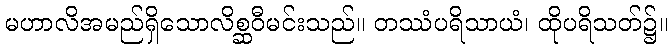
မဟာလိအမည်ရှိသောလိစ္ဆဝီမင်းသည်။ တဿံပရိသာယံ၊ ထိုပရိသတ်၌။